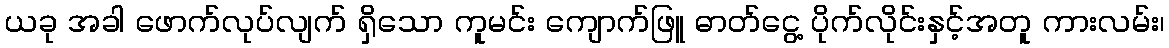
ယခု အခါ ဖောက်လုပ်လျက် ရှိသော ကူမင်း ကျောက်ဖြူ ဓာတ်ငွေ့ ပိုက်လိုင်းနှင့်အတူ ကားလမ်း၊